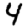
Digit: 4